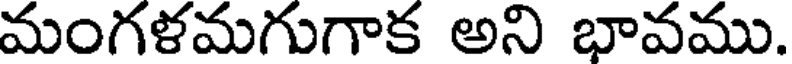
మంగళమగుగాక అని భావము.